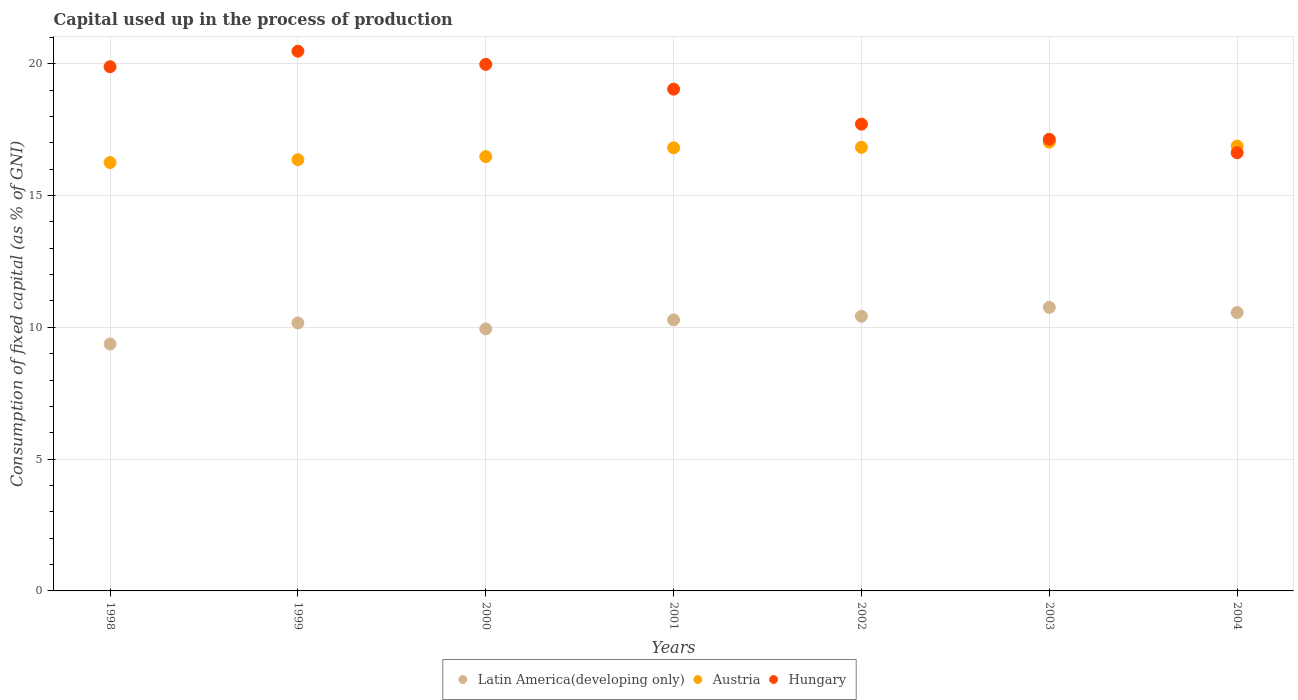
| Years | Latin America(developing only) | Austria | Hungary |
 | --- | --- | --- | --- |
 | 1998 | 9.37 | 16.3 | 19.9 |
 | 1999 | 10.2 | 16.4 | 20.5 |
 | 2000 | 9.94 | 16.5 | 20 |
 | 2001 | 10.3 | 16.8 | 19 |
 | 2002 | 10.4 | 16.8 | 17.7 |
 | 2003 | 10.8 | 17 | 17.1 |
 | 2004 | 10.6 | 16.9 | 16.6 |